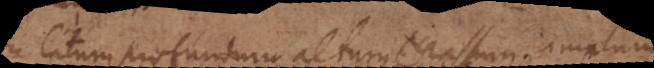
latum, profundum, altum, crassum, amplum.